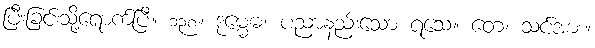
ပြီးခြင်းသို့ရောက်ပြီ။ ၁၃၈။ ဒုမ္မေဓ၊ ပညာနည်းသော ရသေ့။ တေ၊ သင်အား။